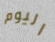
اليوم